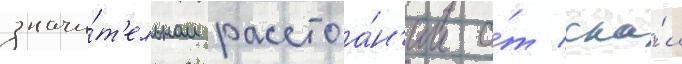
значи́т'ельном расстоа́н'ии о́т ска́л